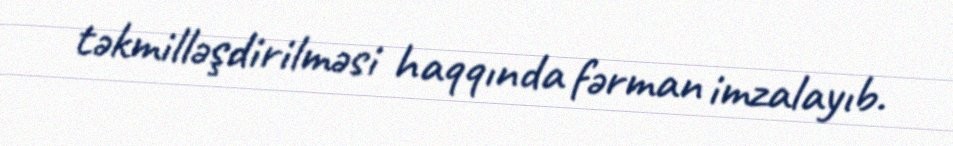
təkmilləşdirilməsi haqqında fərman imzalayıb.